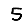
Digit: 5